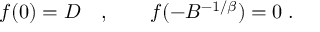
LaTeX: f ( 0 ) = D \quad , \qquad f ( - B ^ { - 1 / \beta } ) = 0 \; .